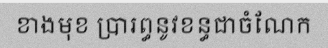
ខាងមុខ ប្រារព្ធនូវខន្ធជាចំណែក